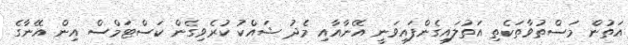
އަތުން މަސްތުވާތަކެތި އަތުލައިގެންފައިވަނީ އޭނާއާއި މެދު ޝައްކު ކުރެވިގެން ކަސްޓަމްސް އިން އޭނާގެ